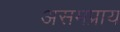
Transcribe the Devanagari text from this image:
असमप्राय